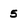
Character: 5